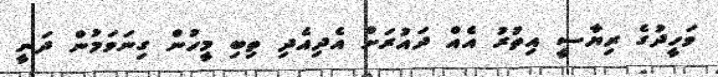
ވަހީދުގެ ރިޔާސީ އިތުރު އެއް ދައުރަށް އެދިއެދި ތިބި މީހުން ގިނަވަމުން ދަނީ